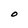
Character: O